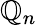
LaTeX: \mathbb{Q}_{n}